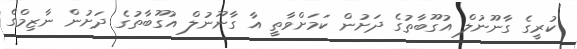
ކުރީގެ ގާނޫނުލް އުގޫބާތުގެ ދަށުން ކަމަށްވާތީ އާ ގާނޫނުލް އުގޫބާތުގެ ދަށުން ނާޒިމްގެ